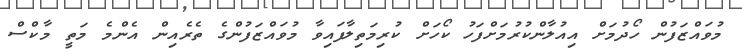
މުވައްޒަފުން ހޯދުމަށް އިއުލާންކުރުމަށްފަހު ކޯހަށް ކުރިމަތިލާފައިވާ މުވައްޒަފުންގެ ތެރެއިން އެންމެ މަތީ މާކްސް